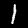
Digit: 1